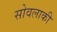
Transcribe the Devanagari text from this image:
सोवलाकी